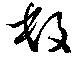
數